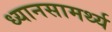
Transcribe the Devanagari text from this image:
ध्यानसामर्थ्य